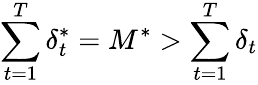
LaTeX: \sum_{t=1}^{T}\delta_{t}^{*}=M^{*}>\sum_{t=1}^{T}\delta_{t}